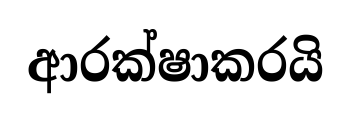
ආරක්ෂාකරයි